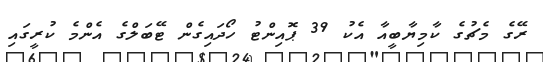
ރޭގެ މެޗުގެ ކާމިޔާބީއާ އެކު 39 ޕޮއިންޓު ހޯދައިގެން ޓޭބަލްގެ އެންމެ ކުރީގައި